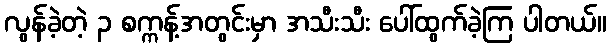
လွန်ခဲ့တဲ့ ၃ စက္ကန့်အတွင်းမှာ အသီးသီး ပေါ်ထွက်ခဲ့ကြ ပါတယ်။